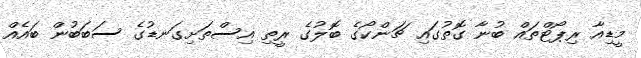
މީޑިއާ ރިޕޯޓްތައް ބުނާ ގޮތުގައި ޗަންކޯގެ ބޮލުގެ ރީތި އިސްތަށިގަނޑުގެ ސަބަބުން ބައެއް